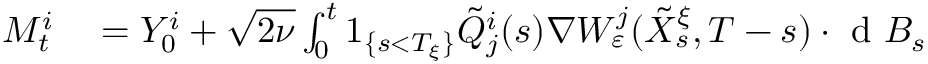
\begin{array} { r l } { M _ { t } ^ { i } } & { { } = Y _ { 0 } ^ { i } + \sqrt { 2 \nu } \int _ { 0 } ^ { t } 1 _ { \{ s < T _ { \xi } \} } \tilde { Q } _ { j } ^ { i } ( s ) \nabla W _ { \varepsilon } ^ { j } ( \tilde { X } _ { s } ^ { \xi } , T - s ) \cdot \textrm { d } B _ { s } } \end{array}